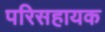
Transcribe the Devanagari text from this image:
परिसहायक